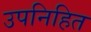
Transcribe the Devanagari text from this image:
उपनिहित